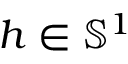
h \in { \mathbb S } ^ { 1 }